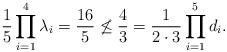
LaTeX: \begin{align*}\frac{1}{5}\prod_{i=1}^4\lambda_i = \frac{16}{5}\not\le \frac{4}{3} = \frac{1}{2\cdot 3}\prod_{i=1}^5 d_i.\end{align*}